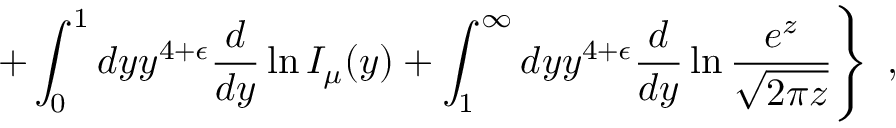
\left. + \int _ { 0 } ^ { 1 } d y y ^ { 4 + \epsilon } { \frac { d } { d y } } \ln I _ { \mu } ( y ) + \int _ { 1 } ^ { \infty } d y y ^ { 4 + \epsilon } { \frac { d } { d y } } \ln { \frac { e ^ { z } } { \sqrt { 2 \pi z } } } \right\} ~ ,